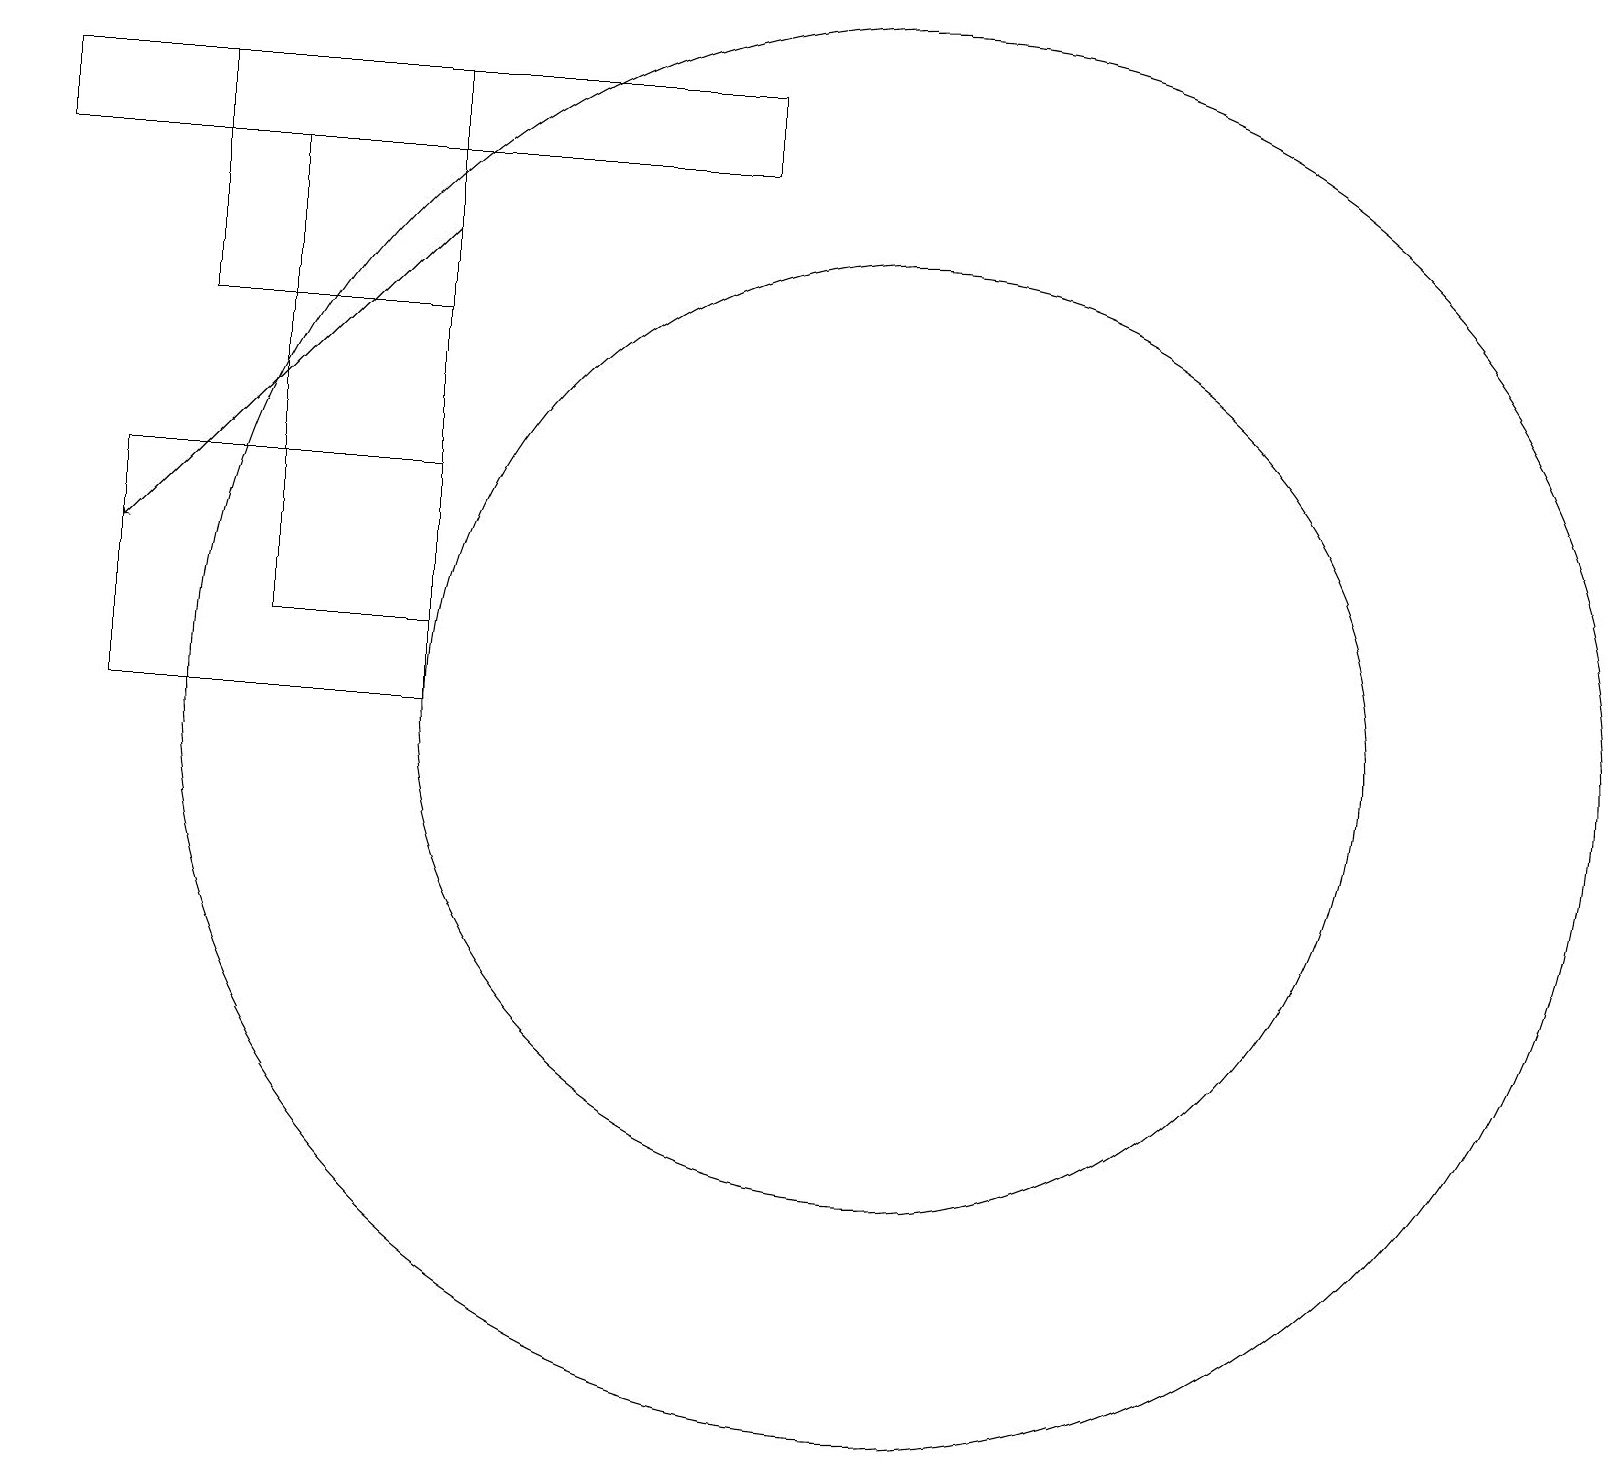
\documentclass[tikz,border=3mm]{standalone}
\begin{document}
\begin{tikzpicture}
\draw (0,17) rectangle (9,18);
\draw (1,10) rectangle (5,13);
\draw (11,10) circle (9);
\draw[->] (5,16) -- (1,12);
\draw (2,15) rectangle (5,18);
\draw (11,10) circle (6);
\draw (3,11) rectangle (5,17);
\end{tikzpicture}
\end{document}